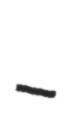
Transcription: –